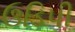
ઉડિપી